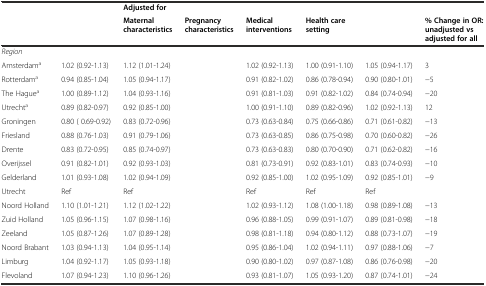
<table><thead><tr><td>[EMPTY_CELL]</td><td>[EMPTY_CELL]</td><td><b>Adjusted for</b></td><td>[EMPTY_CELL]</td><td>[EMPTY_CELL]</td><td>[EMPTY_CELL]</td><td>[EMPTY_CELL]</td><td>[EMPTY_CELL]</td></tr><tr><td>[EMPTY_CELL]</td><td>[EMPTY_CELL]</td><td><b>Maternal characteristics</b></td><td><b>Pregnancy characteristics</b></td><td><b>Medical interventions</b></td><td><b>Health care setting</b></td><td>[EMPTY_CELL]</td><td><b>% Change in OR: unadjusted vs adjusted for all</b></td></tr></thead><tbody><tr><td><i>Region</i></td><td>[EMPTY_CELL]</td><td>[EMPTY_CELL]</td><td>[EMPTY_CELL]</td><td>[EMPTY_CELL]</td><td>[EMPTY_CELL]</td><td>[EMPTY_CELL]</td><td>[EMPTY_CELL]</td></tr><tr><td>Amsterdam<sup>a</sup></td><td>1.02 (0.92-1.13)</td><td>1.12 (1.01-1.24)</td><td>[EMPTY_CELL]</td><td>1.02 (0.92-1.13)</td><td>1.00 (0.91-1.10)</td><td>1.05 (0.94-1.17)</td><td>3</td></tr><tr><td>Rotterdam<sup>a</sup></td><td>0.94 (0.85-1.04)</td><td>1.05 (0.94-1.17)</td><td>[EMPTY_CELL]</td><td>0.91 (0.82-1.02)</td><td>0.86 (0.78-0.94)</td><td>0.90 (0.80-1.01)</td><td>−5</td></tr><tr><td>The Hague<sup>a</sup></td><td>1.00 (0.89-1.12)</td><td>1.04 (0.93-1.16)</td><td>[EMPTY_CELL]</td><td>0.91 (0.81-1.03)</td><td>0.91 (0.82-1.02)</td><td>0.84 (0.74-0.94)</td><td>−20</td></tr><tr><td>Utrecht<sup>a</sup></td><td>0.89 (0.82-0.97)</td><td>0.92 (0.85-1.00)</td><td>[EMPTY_CELL]</td><td>1.00 (0.91-1.10)</td><td>0.89 (0.82-0.96)</td><td>1.02 (0.92-1.13)</td><td>12</td></tr><tr><td>Groningen</td><td>0.80 ( 0.69-0.92)</td><td>0.83 (0.72-0.96)</td><td>[EMPTY_CELL]</td><td>0.73 (0.63-0.84)</td><td>0.75 (0.66-0.86)</td><td>0.71 (0.61-0.82)</td><td>−13</td></tr><tr><td>Friesland</td><td>0.88 (0.76-1.03)</td><td>0.91 (0.79-1.06)</td><td>[EMPTY_CELL]</td><td>0.73 (0.63-0.85)</td><td>0.86 (0.75-0.98)</td><td>0.70 (0.60-0.82)</td><td>−26</td></tr><tr><td>Drente</td><td>0.83 (0.72-0.95)</td><td>0.85 (0.74-0.97)</td><td>[EMPTY_CELL]</td><td>0.73 (0.63-0.83)</td><td>0.80 (0.70-0.90)</td><td>0.71 (0.62-0.82)</td><td>−16</td></tr><tr><td>Overijssel</td><td>0.91 (0.82-1.01)</td><td>0.92 (0.93-1.03)</td><td>[EMPTY_CELL]</td><td>0.81 (0.73-0.91)</td><td>0.92 (0.83-1.01)</td><td>0.83 (0.74-0.93)</td><td>−10</td></tr><tr><td>Gelderland</td><td>1.01 (0.93-1.08)</td><td>1.02 (0.94-1.09)</td><td>[EMPTY_CELL]</td><td>0.92 (0.85-1.00)</td><td>1.02 (0.95-1.09)</td><td>0.92 (0.85-1.01)</td><td>−9</td></tr><tr><td>Utrecht</td><td>Ref</td><td>Ref</td><td>[EMPTY_CELL]</td><td>Ref</td><td>Ref</td><td>Ref</td><td>[EMPTY_CELL]</td></tr><tr><td>Noord Holland</td><td>1.10 (1.01-1.21)</td><td>1.12 (1.02-1.22)</td><td>[EMPTY_CELL]</td><td>1.02 (0.93-1.12)</td><td>1.08 (1.00-1.18)</td><td>0.98 (0.89-1.08)</td><td>−13</td></tr><tr><td>Zuid Holland</td><td>1.05 (0.96-1.15)</td><td>1.07 (0.98-1.16)</td><td>[EMPTY_CELL]</td><td>0.96 (0.88-1.05)</td><td>0.99 (0.91-1.07)</td><td>0.89 (0.81-0.98)</td><td>−18</td></tr><tr><td>Zeeland</td><td>1.05 (0.87-1.26)</td><td>1.07 (0.89-1.28)</td><td>[EMPTY_CELL]</td><td>0.98 (0.81-1.18)</td><td>0.94 (0.80-1.12)</td><td>0.88 (0.73-1.07)</td><td>−19</td></tr><tr><td>Noord Brabant</td><td>1.03 (0.94-1.13)</td><td>1.04 (0.95-1.14)</td><td>[EMPTY_CELL]</td><td>0.95 (0.86-1.04)</td><td>1.02 (0.94-1.11)</td><td>0.97 (0.88-1.06)</td><td>−7</td></tr><tr><td>Limburg</td><td>1.04 (0.92-1.17)</td><td>1.05 (0.93-1.18)</td><td>[EMPTY_CELL]</td><td>0.90 (0.80-1.02)</td><td>0.97 (0.87-1.08)</td><td>0.86 (0.76-0.98)</td><td>−20</td></tr><tr><td>Flevoland</td><td>1.07 (0.94-1.23)</td><td>1.10 (0.96-1.26)</td><td>[EMPTY_CELL]</td><td>0.93 (0.81-1.07)</td><td>1.05 (0.93-1.20)</td><td>0.87 (0.74-1.01)</td><td>−24</td></tr></tbody></table>